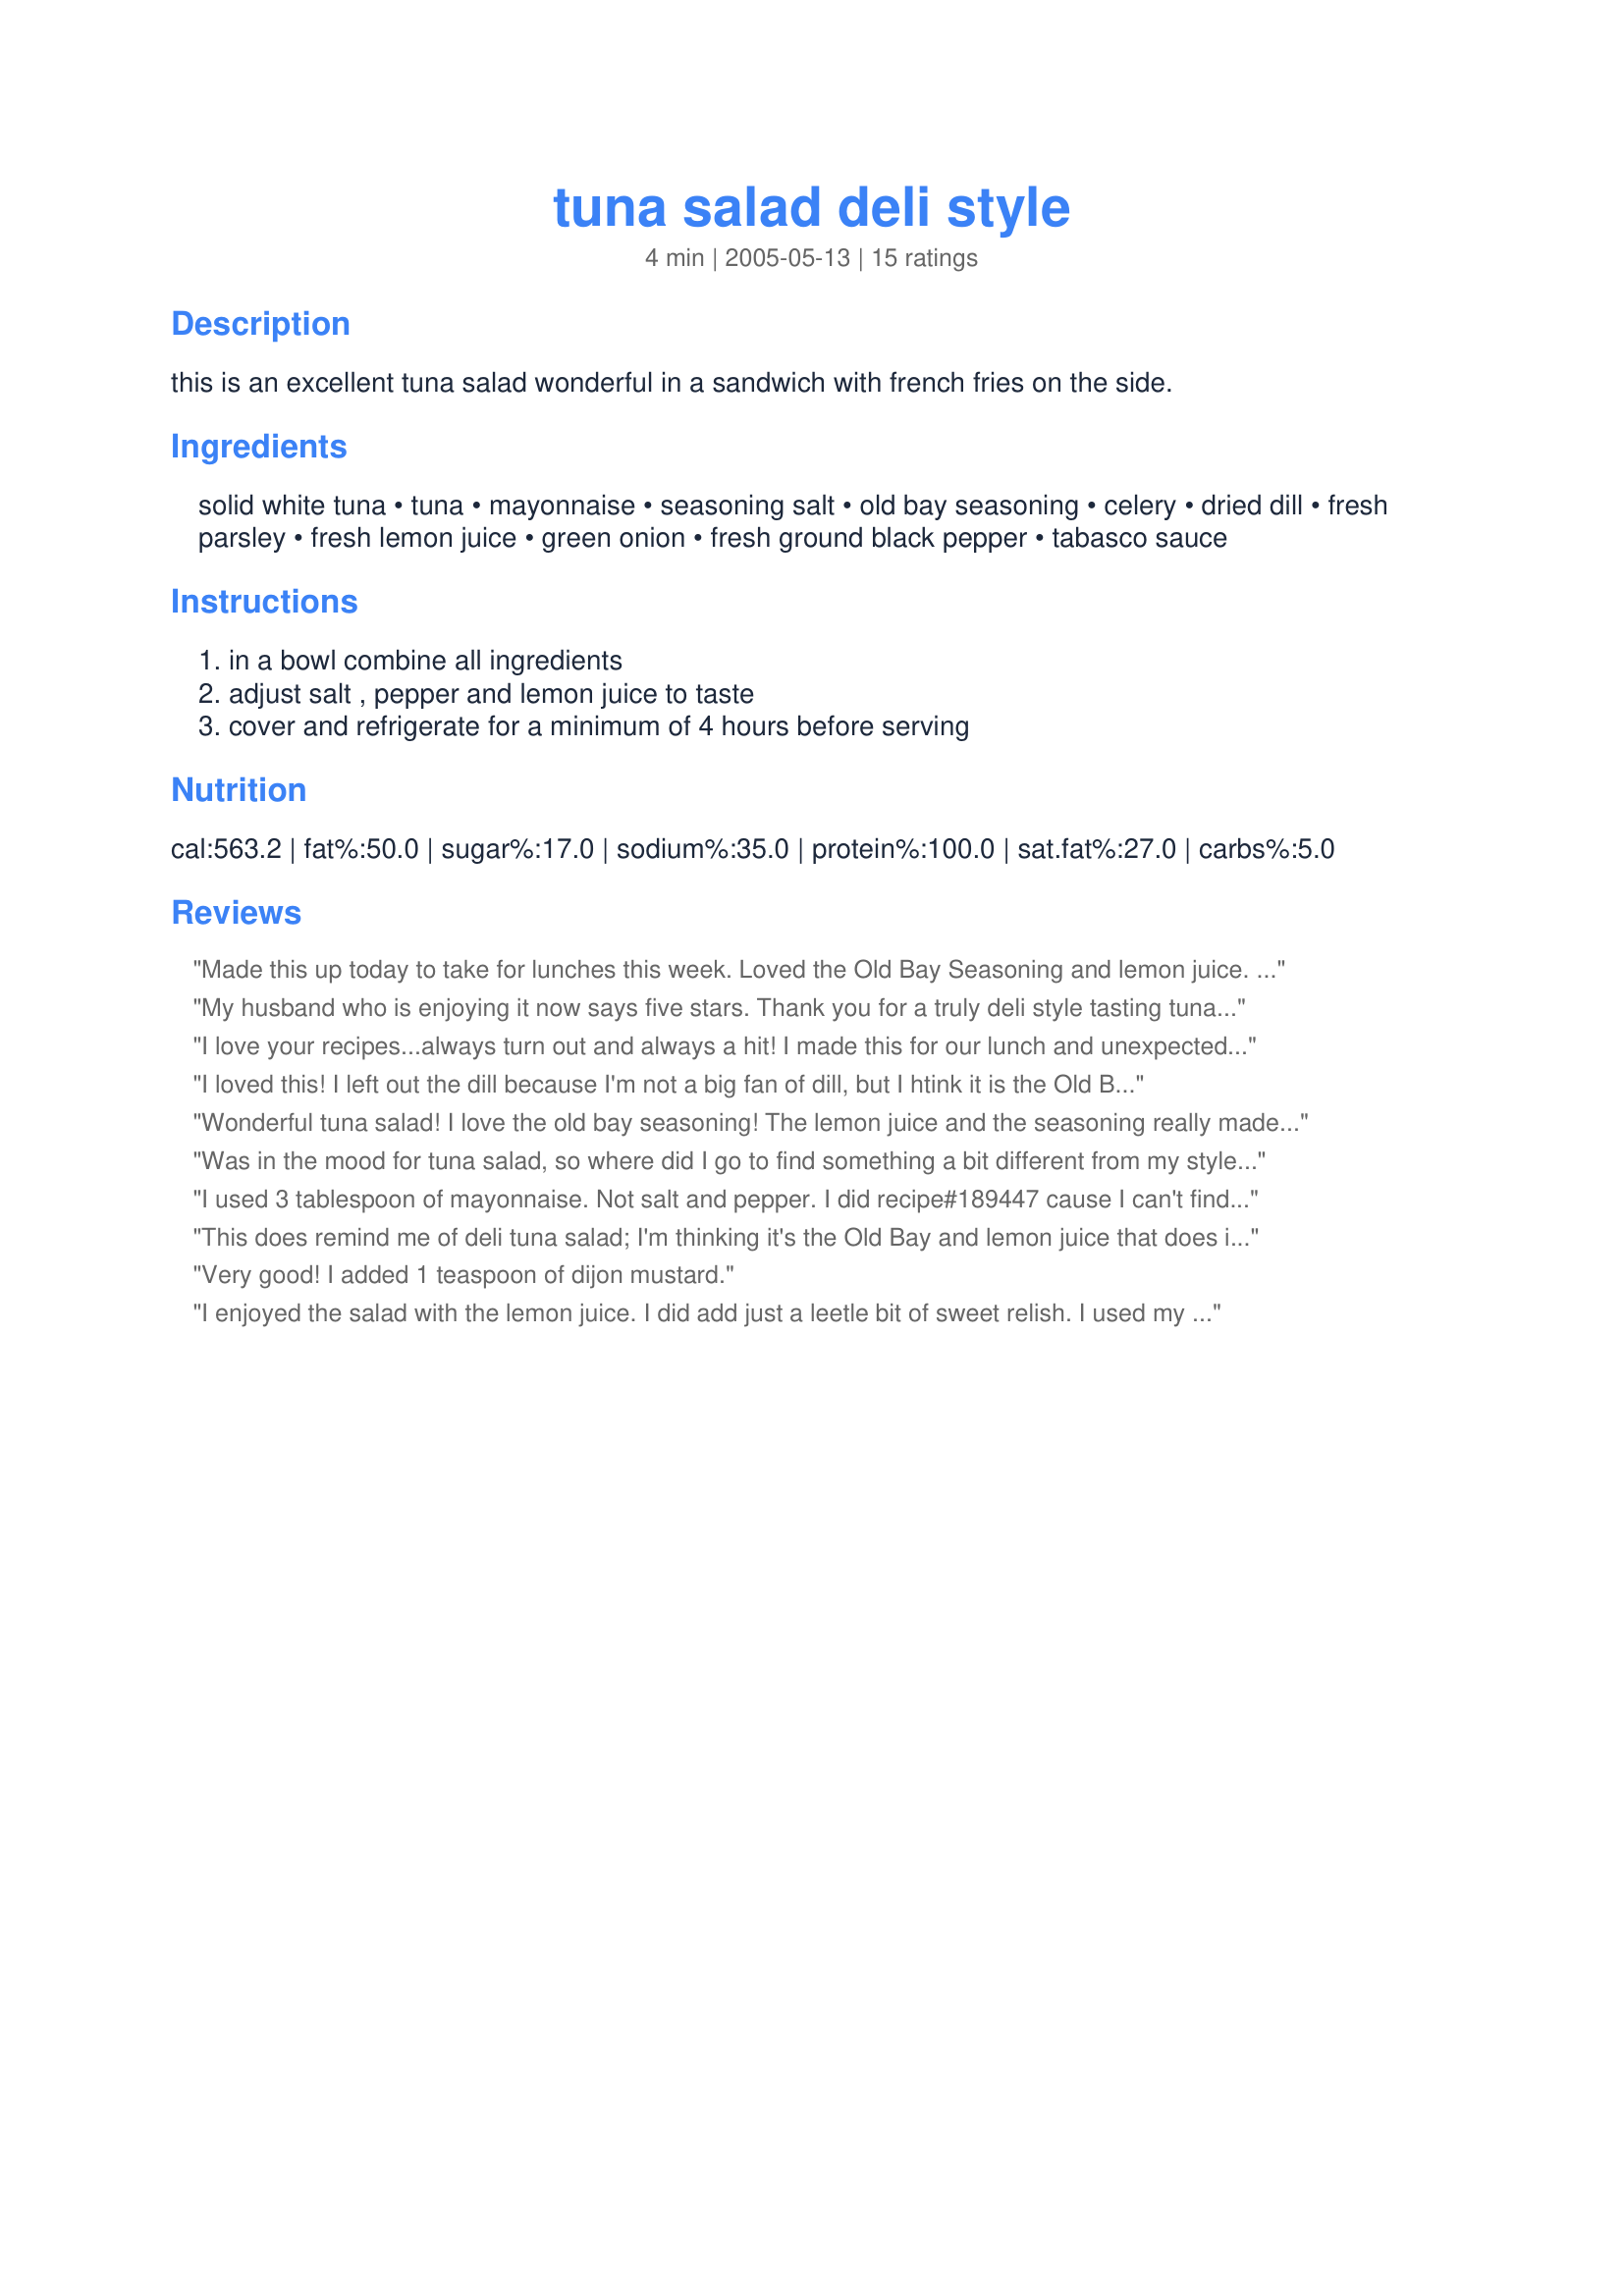
tuna salad deli style
Preparation time: 4 minutes

this is an excellent tuna salad wonderful in a sandwich with french fries on the side.

Ingredients:
solid white tuna, tuna, mayonnaise, seasoning salt, old bay seasoning, celery, dried dill, fresh parsley, fresh lemon juice, green onion, fresh ground black pepper, tabasco sauce

Steps:
in a bowl combine all ingredients, adjust salt , pepper and lemon juice to taste, cover and refrigerate for a minimum of 4 hours before serving

Reviews:
Made this up today to take for lunches this week. Loved the Old Bay Seasoning and lemon juice. Excellent. I did add some chopped red onion and decreased to mayo, but other than that, made as written. Thanks Kitz and my prayers are with you. Made for Kitz tag-a-thon
My husband who is enjoying it now says five stars. Thank you for a truly deli style tasting tuna salad recipe. I will make this again. I only wish it were better for my waistline so I could make it more often! Anyone know any mayo substitutes that really taste good? I tried this recipe with light miracle whip as well and it was not worth making.
Thank you so much for a great recipe!
I love your recipes...always turn out and always a hit! I made this for our lunch and unexpected company and sent the recipe home with them. I used a little less mayonnaise and added some red onion (love onion) but otherwise followed the instructions. Served this with chips and a fruit bowl. Thank you again for a wonderful meal. Made for 2013 Zaar Cookbook tag game.
I loved this! I left out the dill because I'm not a big fan of dill, but I htink it is the Old Bay and lemon that really make the difference!
Wonderful tuna salad! I love the old bay seasoning! The lemon juice and the seasoning really made the salad not too fishy. Thanks Kitz for a great lunch!
Was in the mood for tuna salad, so where did I go to find something a bit different from my style? Why right to Kitz's back door! This was yummy and I know that by tomorrow, it will be even better. I left the dill out though because I did not want it to "take over", but I did add some diced scallions. Sure glad that I doubled this keeper!
I used 3 tablespoon of mayonnaise. Not salt and pepper. I did recipe#189447 cause I can't find Old Bay Seasoning. I added the celery in the food processor but if I do it again, I won't add it to the food processor. Thanks Kit :) made for zaar star game.
This does remind me of deli tuna salad; I'm thinking it's the Old Bay and lemon juice that does it. I added some chopped onion, otherwise followed it as written. Very tasty. I will make this again; thanx Kit!
Very good! I added 1 teaspoon of dijon mustard.
I enjoyed the salad with the lemon juice. I did add just a leetle bit of sweet relish. I used my homemade Recipe#189447. Thanks Kitten! :yummy:
Simple and delicious. I reduced the lemon because my tobasco sauce is already sour. Other than that, it is great.
I use this recipe frequently. I reduce the seasoning salt and up the mayo - personal preference. Hubby isn't a fan of onions and usually I just chop them smaller, but thus time I used the green ends of the green onions. This worked great, too. Excellent recipe! Thanks so much for sharing.
Great salad. I love the fresh taste fthe lemon gives this salad. It was even better the next day. We all enjoyed this recipe.
Really great tuna salad KITTENCAL! we really enjoyed it. Thank you.
Just discovered this on the Site the other day, and it is WONDERFUL!!! I consider myself a tuna salad "Connoisseur" and have been searching for years for a Deli Style recipe, and THIS IS IT! I never thought of combining white tuna and regular tuna, but the combination is Fantastic, and it made the perfect sandwich for dinner on a 100 degree day. THANK YOU KITTENCAL for such a Great posting. Judy
